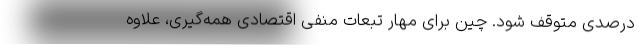
درصدی متوقف شود. چین برای مهار تبعات منفی اقتصادی همه‌گیری، علاوه